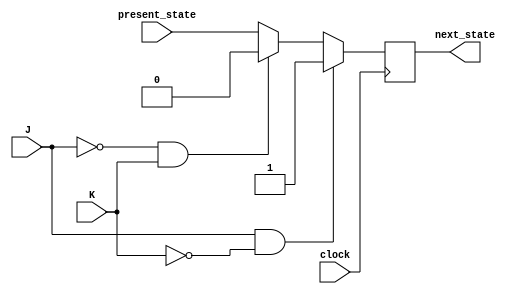
module neg_edge_jk_flipflop (
  input J,
  input K,
  input clock,
  input present_state,
  output reg next_state
);

always @(negedge clock) begin
  if (J & ~K) begin
    next_state <= 1;
  end else if (~J & K) begin
    next_state <= 0;
  end else begin
    next_state <= present_state;
  end
end

endmodule